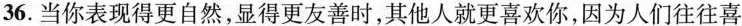
36. 当你表现得更自然,显得更友善时,其他人就更喜欢你,因为人们往往喜